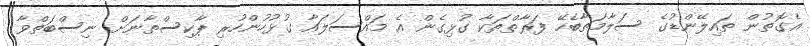
އެގޮތުން ތައިލޭންޑުގެ ސަލާމަތާބެހޭ ފަރާތްތަކާ ގުޅިގެން އެ މައްސަލައާ ގުޅުހުންހުރި ޕާކިސްތާނަށް ނިސްބަތްވާ